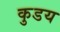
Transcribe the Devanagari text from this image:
कुडय